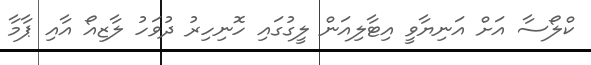
ކްލޯސާ އަށް އަނިޔާވީ އިޓާލިއަން ލީގުގައި ހޮނިހިރު ދުވަހު ލާޒިއޯ އާއި ޕާމާ